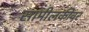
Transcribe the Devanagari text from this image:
सामीलकीवर